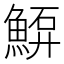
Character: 𩸷